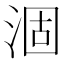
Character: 涸